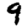
Digit: 9